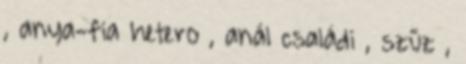
, anya-fia hetero , anál családi , szűz ,